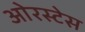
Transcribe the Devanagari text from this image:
ओरस्टेस